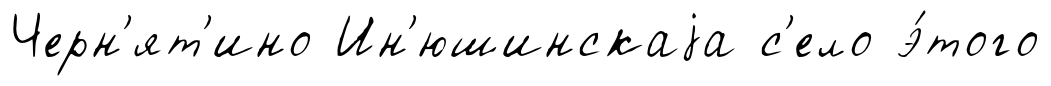
Черн'ят'ино Ин'юшинскаjа с'ело э́того